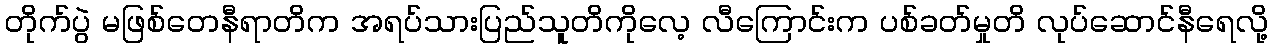
တိုက်ပွဲ မဖြစ်တေနီရာတိက အရပ်သားပြည်သူတိကိုလေ့ လီကြောင်းက ပစ်ခတ်မှုတိ လုပ်ဆောင်နီရေလို့